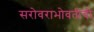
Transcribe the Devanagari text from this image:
सरोवराभोवतीची